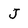
Character: J